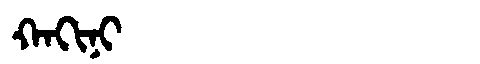
Manchu: ᡴᠠᡴᡳᠨᡳ
Romanization: KAKINI